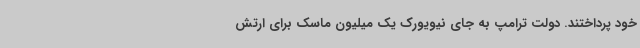
خود پرداختند. دولت ترامپ به جای نیویورک یک میلیون ماسک برای ارتش